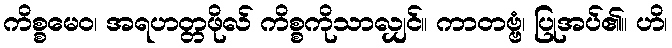
ကိစ္စမေဝ၊ အရဟတ္တဖိုလ် ကိစ္စကိုသာလျှင်။ ကာတဗ္ဗံ၊ ပြုအပ်၏။ ဟိ၊